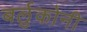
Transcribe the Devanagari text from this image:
बर्लुकोनी